Vaccination report Assam 1874-1896 - 1874-1896
Year: 1874
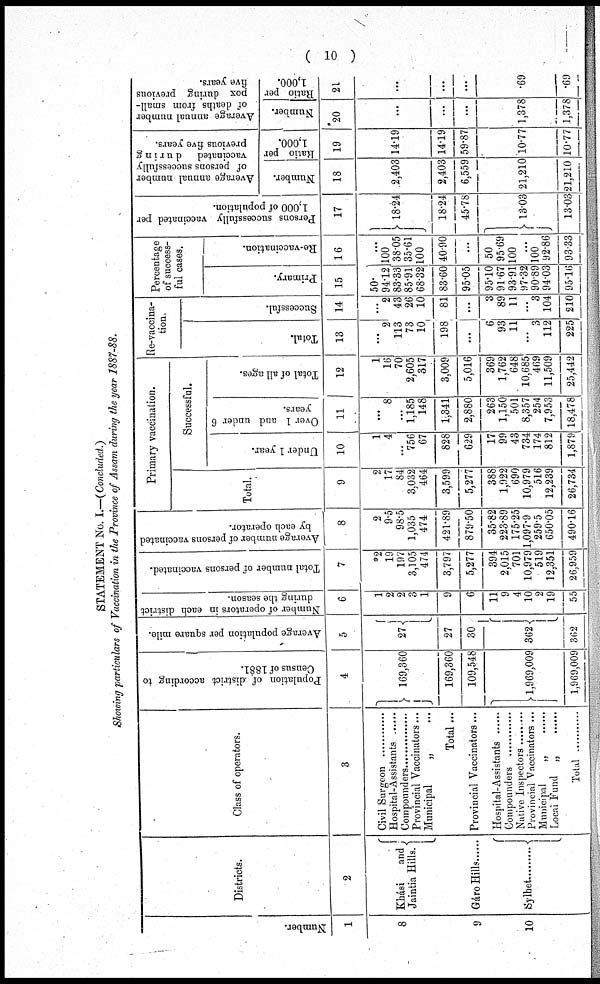
( 10 )
STATEMENT No. I.—(Concluded.)
Showing particulars of Vaccination in the Province of Assam during the year 1887-88.
Number.
1
8
9
10
Districts.
2
Khási
and
Jaintia Hills.
Gáro Hills ......
Sylhet
Class of operators.
3
Civil Surgeon ..................
Hospital-Assistants
Compounder .....................
Provincial Vaccinators...
Municipal
„ ...
Total ...
Provincial Vaccinators...
Hospital-Assistants ...............
Compounder .....................
Native Inspector ...............
Provincial Vaccinators ...
Municipal „ .........
Local Fund „ ......
Total .........
Population of district according to
Census of 1881.
4
169,360
169,360
109,548
1,969,009
1,969,009
Average population per square mile.
5
21
27
30
362
362
Number of operators in each district
during the season.
6
1
2
2
3
1
9
6
11
9
4
10
2
19
55
Total number of persons vaccinated.
7
*2
19
197
3,105
474
3,797
5,277
394
2,015
701
10,979
519
12,351
26,959
Average number of persons vaccinated
by each operator.
8
2
9.5
98.5
1,035
474
421.89
879.50
35.82
223.89
175.25
1,097.9
259.5
650.05
490.16
Primary vaccination.
Total.
9
2
17
84
3,032
464
3,599
5,277
388
1,922
690
10,979
516
12,239
26,734
Successful.
Under 1 year.
10
1
4
...
756
67
828
629
17
99
43
734
174
812
1,879
Over 1 and under 6
years.
11
...
8
...
1,185
148
1,341
2,880
263
1,150
501
8,357
254
7,953
18,478
Total of all ages.
12
1
16
70
2,605
317
3,009
5,016
369
1,762
648
10,685
469
11,509
25,442
Re-vaccina-
tion.
Total.
13
...
2
113
73
10
198
...
6
93
11
...
3
112
225
Successful.
14
...
2
43
26
10
81
...
3
89
11
...
3
104
210
Percentage
of success-
ful cases.
Primary.
15
50.
94.15
83.33
85.91
68.32
83.60
95.05
95.10
91.67
93.91
97.32
90.89
94.03
95.16
Re-vaccination.
16
...
100
38.05
35.61
100
40.90
...
50
95.69
100
...
100
92.86
93.33
Persons successfully vaccinated per
1,000 of population.
17
18.24
18.24
45.78
13.03
13.03
Average annual number
of persons successfully
vaccinated
during
previous five years.
Number.
18
2,403
2,403
6,559
21,210
21,210
Ratio per
1,000.
19
14.19
14.19
59.87
10.77
10.77
Average annual number
of deaths from small-
pox during previous
five years.
Number.
20
...
...
...
1,378
1,378
Ratio per
1,000.
21
...
...
...
.69
.69